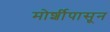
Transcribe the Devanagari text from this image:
मोर्शीपासून